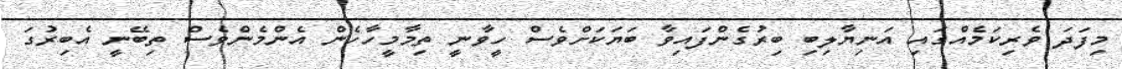
މިފަދަ ވެރިކަމެއްގައި އަނިޔާލިބި ބިރުގެންފައިވާ ބަޔަކަށްވެސް ހީވާނީ ތިމާމީހާހެން އެންމެންވެސް ތިބޭނީ އެބިރުގަ